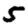
Digit: 5